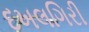
દખલગિરી